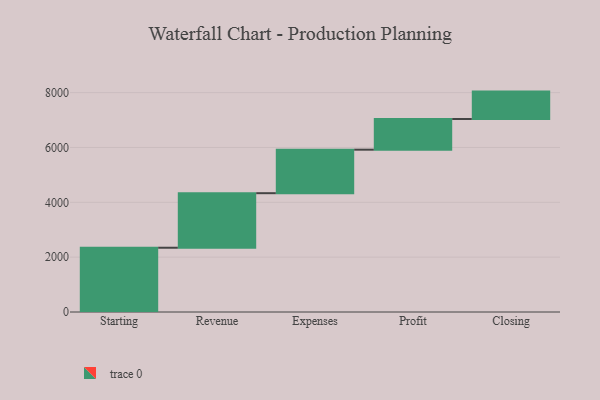
{"axis": {"x": "Step", "y": "Value"}, "legend": [""], "data": [{"x": "Starting", "y": 2344.0, "type": ""}, {"x": "Revenue", "y": 1989.0, "type": ""}, {"x": "Expenses", "y": 1587.0, "type": ""}, {"x": "Profit", "y": 1118.0, "type": ""}, {"x": "Closing", "y": 1000, "type": ""}]}